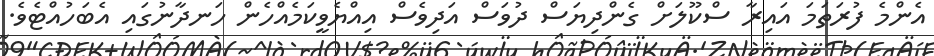
އެންމެ ފުރަތަމަ އައިރާ ސްކޫލަށް ގެންދިޔަސް ދުވަސް އަދިވެސް އިއްޔެވީކަމެއްހެން ހަނދާނުގައި އެބަހުއްޓެވެ.